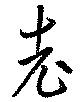
老